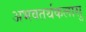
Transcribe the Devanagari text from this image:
अभवतर्थकलासु